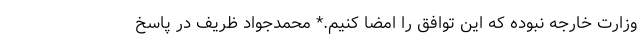
وزارت خارجه نبوده که این توافق را امضا کنیم.* محمدجواد ظریف در پاسخ